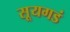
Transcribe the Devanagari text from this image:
सूयगडं